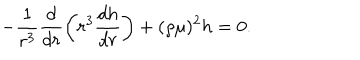
- \frac { 1 } { r ^ { 3 } } \frac { d } { d r } \left( r ^ { 3 } \frac { d h } { d r } \right) + ( \rho \mu ) ^ { 2 } h = 0 .